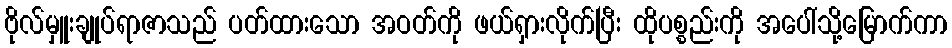
ဗိုလ်မှူးချုပ်ရာဇာသည် ပတ်ထားသော အဝတ်ကို ဖယ်ရှားလိုက်ပြီး ထိုပစ္စည်းကို အပေါ်သို့မြောက်ကာ